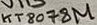
Text: KT8078M